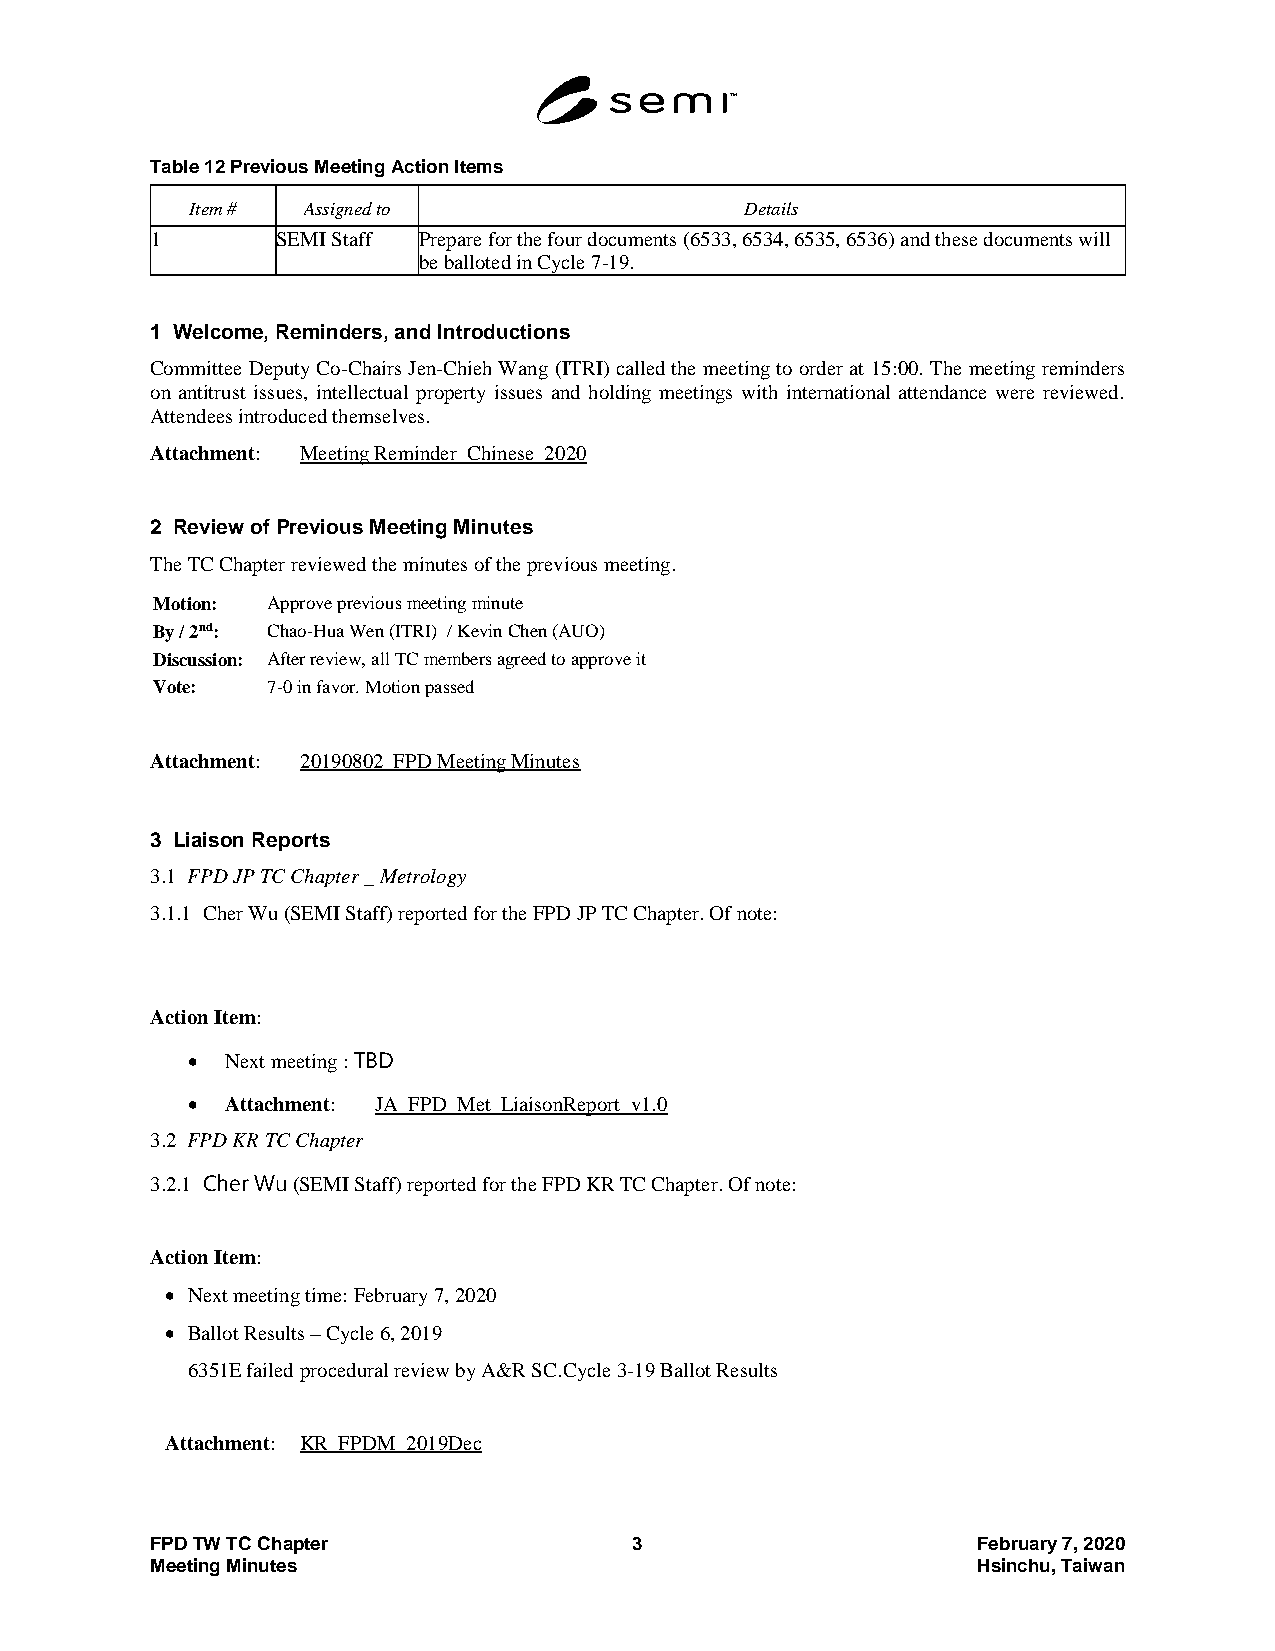
Table 12 Previous Meeting Action Items
 Item # Assigned to                  Details
 1       SEMI Staff Prepare for the four documents (6533, 6534, 6535, 6536) and these documents will
 be balloted in Cycle 7-19.
 1 Welcome, Reminders, and Introductions
 Committee Deputy Co-Chairs Jen-Chieh Wang (ITRI) called the meeting to order at 15:00. The meeting reminders
 on antitrust issues, intellectual property issues and holding meetings with international attendance were reviewed.
 Attendees introduced themselves.
 Attachment: Meeting Reminder_Chinese_2020
 2 Review of Previous Meeting Minutes
 The TC Chapter reviewed the minutes of the previous meeting.
 Motion: Approve previous meeting minute
 By / 2nd: Chao-Hua Wen (ITRI) / Kevin Chen (AUO)
 Discussion: After review, all TC members agreed to approve it
 Vote:   7-0 in favor. Motion passed
 Attachment: 20190802_FPD Meeting Minutes
 3 Liaison Reports
 3.1 FPD JP TC Chapter _ Metrology
 3.1.1 Cher Wu (SEMI Staff) reported for the FPD JP TC Chapter. Of note:
 Action Item:
   Next meeting : TBD
   Attachment: JA_FPD_Met_LiaisonReport_v1.0
 3.2 FPD KR TC Chapter
 3.2.1 Cher Wu (SEMI Staff) reported for the FPD KR TC Chapter. Of note:
 Action Item:
  Next meeting time: February 7, 2020
  Ballot Results – Cycle 6, 2019
 6351E failed procedural review by A&R SC.Cycle 3-19 Ballot Results
 Attachment: KR_FPDM_2019Dec
 FPD TW TC Chapter               3                      February 7, 2020
 Meeting Minutes                                        Hsinchu, Taiwan